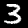
Digit: 3